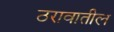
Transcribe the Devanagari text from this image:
ठरावातील